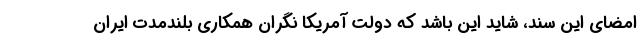
امضای این سند، شاید این باشد که دولت آمریکا نگران همکاری بلندمدت ایران